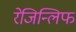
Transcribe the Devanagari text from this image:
रेजिन्लिफ